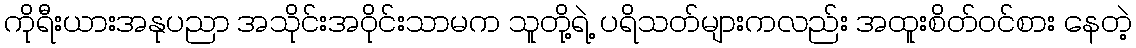
ကိုရီးယားအနုပညာ အသိုင်းအဝိုင်းသာမက သူတို့ရဲ့ ပရိသတ်များကလည်း အထူးစိတ်ဝင်စား နေတဲ့